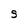
Character: S